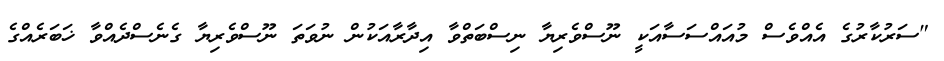
"ސަރުކާރުގެ އެއްވެސް މުއައްސަސާއަކީ ނޫސްވެރިޔާ ނިސްބަތްވާ އިދާރާއަކުން ނުވަތަ ނޫސްވެރިޔާ ގެނެސްދެއްވާ ޚަބަރެއްގެ